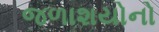
જળાશયોનો